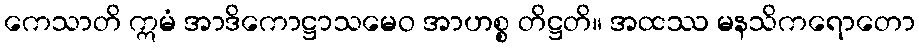
ကေသာတိ ဣမံ အာဒိကောဋ္ဌာသမေဝ အာဟစ္စ တိဋ္ဌတိ။ အထဿ မနသိကရောတော